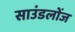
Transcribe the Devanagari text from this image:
साउंडलोंज